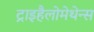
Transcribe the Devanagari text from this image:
ट्राइहैलोमेथेन्स